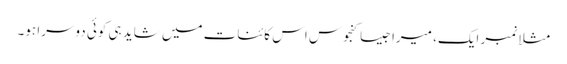
مثلا نمبر ایک، میرا جیسا کنجوس اس کائنات میں شاید ہی کوئی دوسرا ہو۔